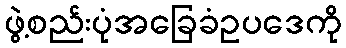
ဖွဲ့စည်းပုံအခြေခံဥပဒေကို